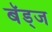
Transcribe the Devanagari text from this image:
बॅड्ज